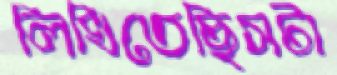
লিখিতেছিসটা